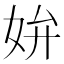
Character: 𡛞